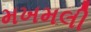
મખમલી